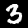
Digit: 3